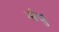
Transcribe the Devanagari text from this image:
ग्रंथु